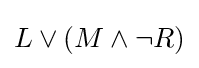
L\lor (M\land \lnot R)